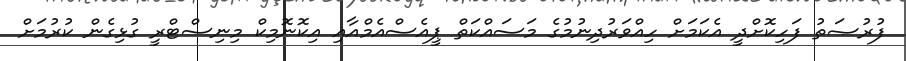
ފުރުޞަތު ފަހިކޮށްދީ އެކަމަށް ހިއްވަރުދިނުމުގެ މަސައްކަތް ޕީއެސްއެމްއާއި އިކޮނޮމިކް މިނިސްޓްރީ ގުޅިގެން ކުރުމަށް